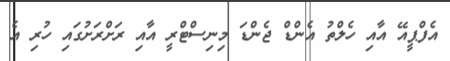
އެފްޕީއޭ އާއި ހެލްތު އެންޑް ޖެންޑަ މިނިސްޓްރީ އާއި ރަށްރަށުގައި ހުރި އެ